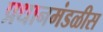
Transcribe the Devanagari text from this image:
प्रधानमंडळीस